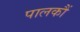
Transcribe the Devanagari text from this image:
पालकौं